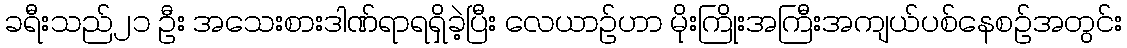
ခရီးသည်၂၁ ဦး အသေးစားဒါဏ်ရာရရှိခဲ့ပြီး လေယာဉ်ဟာ မိုးကြိုးအကြီးအကျယ်ပစ်နေစဉ်အတွင်း